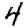
Digit: 4